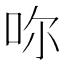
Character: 𠰚